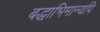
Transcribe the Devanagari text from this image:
बद्धाभिमान्यपि